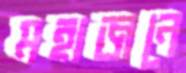
মহাজনে